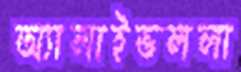
অ্যালাইভললা